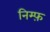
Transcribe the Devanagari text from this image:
निम्फ़